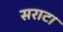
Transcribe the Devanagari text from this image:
सराटा